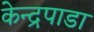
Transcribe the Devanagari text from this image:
केन्द्रपाडा